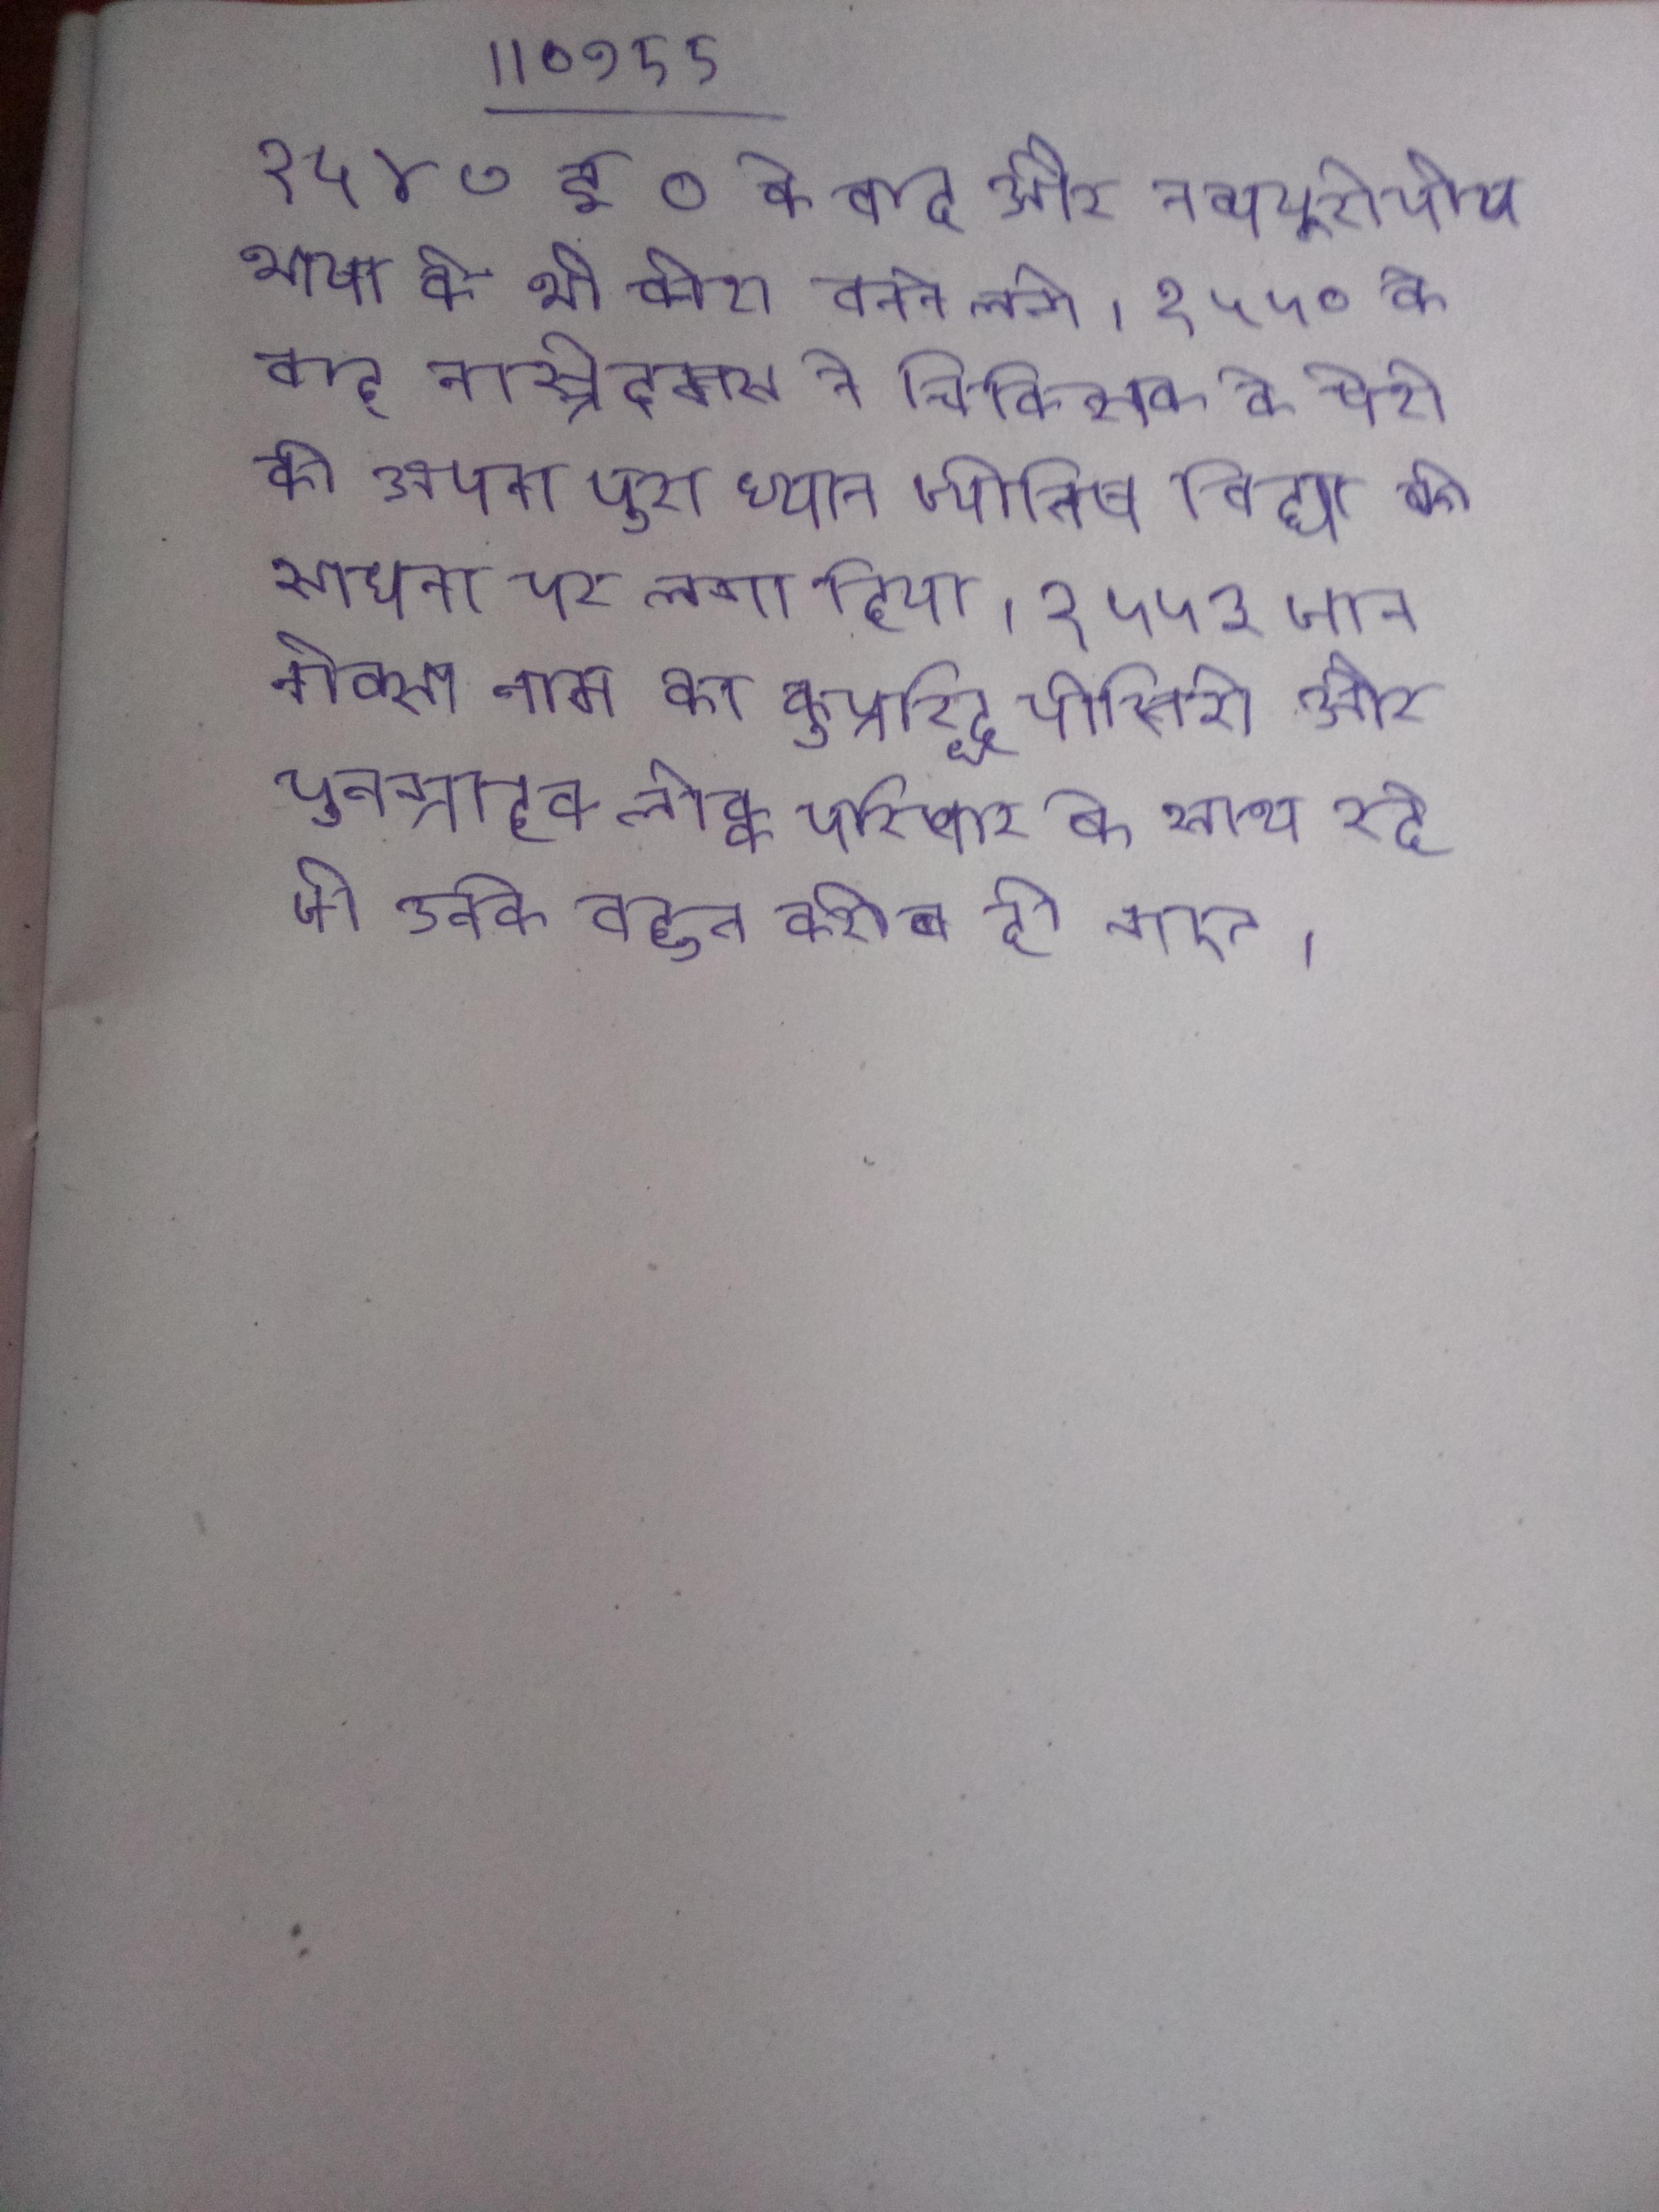
१५४७ ई० के बाद और नव्ययूरोपीय भाषा के भी कोश बनने लगे । १५५० के बाद नास्त्रेदमस ने चिकित्सक के पेशे को अपना पूरा ध्यान ज्योतिष विद्या की साधना पर लगा दिया । १५५३ जान नोक्स नाम का कुप्रसिद्ध पातिरी और पुनग्राहक लोक्क परिवार के साथ रहे जो उनके बहुत करीब हो गए ।